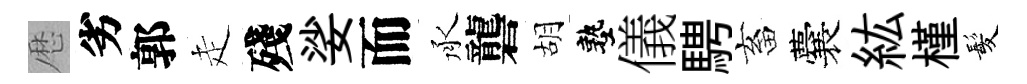
厯劣郭走殘娑而承礱胡塾儀騁畜囊紘槿髪